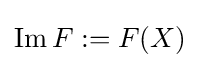
\operatorname {Im} F:=F(X)